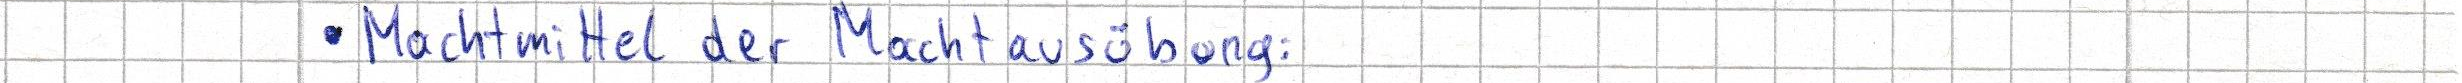
Machtmittel der Machtausübung: